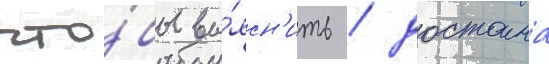
что́бы вы́ясн'ить / достоина